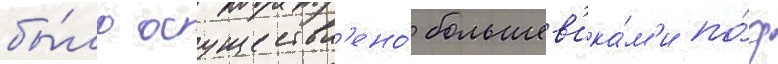
бы́ло осуществл'ено́ большев'ика́м'и по́д